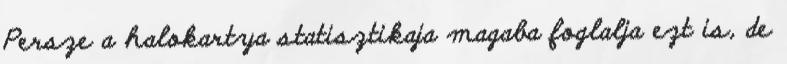
Persze a halokartya statisztikaja magaba foglalja ezt is, de